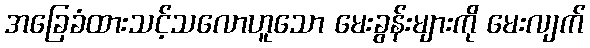
အခြေခံထားသင့်သလောဟူသော မေးခွန်းများကို မေးလျက်